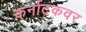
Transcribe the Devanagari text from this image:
कर्नाटकवर